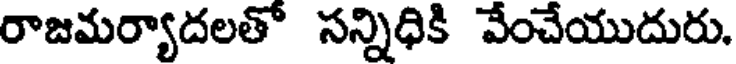
రాజమర్యాదలతో సన్నిధికి వేంచేయుదురు.